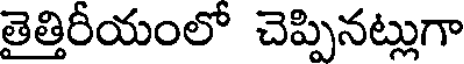
తైత్తిరీయంలో చెప్పినట్లుగా